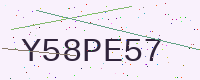
Text: Y58PE57